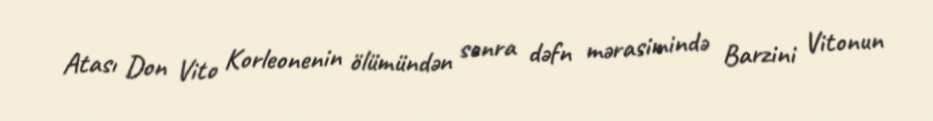
Atası Don Vito Korleonenin ölümündən sonra dəfn mərasimində Barzini Vitonun